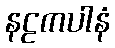
နဠကပါနံ